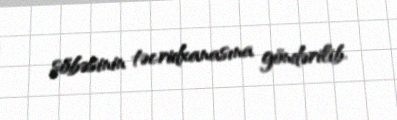
şöbəsinin təcridxanasına göndərilib.